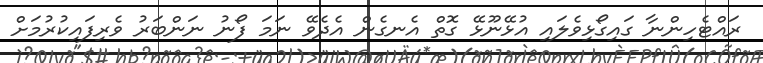
ރައްޓެހިންނާ ގައިގޯޅިވެލައި އުޅޭނޫޅޭ ގޮތް އެނގެން އެދެވޭ ނަމަ ފޯނު ނަންބަރު ވެރިފައިކުރުމަށް